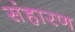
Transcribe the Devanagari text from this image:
संहारण